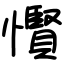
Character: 𢤞